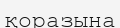
қоразына